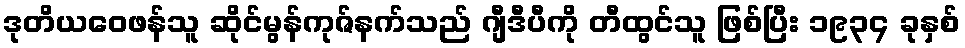
ဒုတိယဝေဖန်သူ ဆိုင်မွန်ကုဇ်နက်သည် ဂျီဒီပီကို တီထွင်သူ ဖြစ်ပြီး ၁၉၃၄ ခုနှစ်